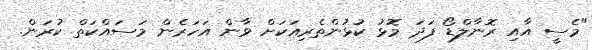
"މެސީ އާއި ރޮނާލްޑޯ ފަދަ މޮޅު ކުޅުންތެރިއަކަށް ވާން އަހަރެން މަސައްކަތް ކުރަން.